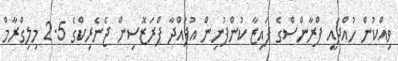
ވިއްކުން ހުއްދައީ ފްރާންސްގެ ފައިޒާ ކުންފުނިން އުފައްދާ ޕްރަޒޮސިން ޖެނެރިކްގެ 2.5 މިލިގްރާމް